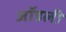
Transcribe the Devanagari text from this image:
जॉडली